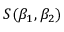
S ( \beta _ { 1 } , \beta _ { 2 } )